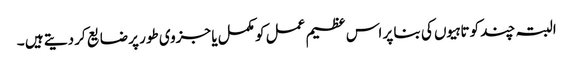
البتہ چند کوتاہیوں کی بنا پر اس عظیم عمل کو مکمل یا جزوی طور پر ضایع کر دیتے ہیں ۔